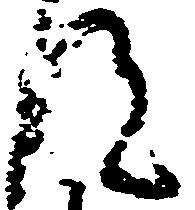
汰